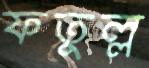
ফতুল্ল